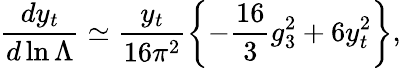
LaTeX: \frac{dy_{t}}{d\ln\Lambda}\simeq\frac{y_{t}}{16\pi^{2}}\left\{ -\frac{16}{3}g_{3}^{2}+6y_{t}^{2}\right\} ,